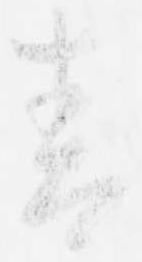
青